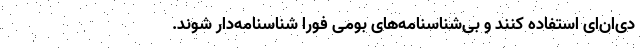
دی‌ان‌ای استفاده کنند و بی‌شناسنامه‌های بومی فوراً شناسنامه‌دار شوند.